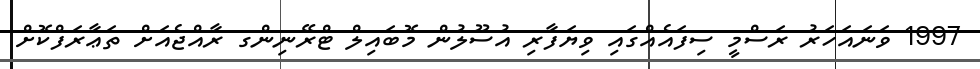
1997 ވަނައަހަރު ރަސްމީ ސިފައެއްގައި ވިޔަފާރި އުސޫލުން މޮބައިލް ޓްރޭނިންގ ރާއްޖެއަށް ތަޢާރަފްކޮށް